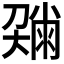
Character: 𡙼